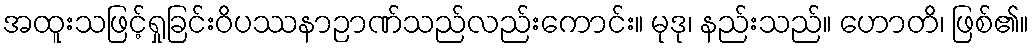
အထူးသဖြင့်ရှုခြင်းဝိပဿနာဉာဏ်သည်လည်းကောင်း။ မုဒု၊ နည်းသည်။ ဟောတိ၊ ဖြစ်၏။